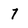
Character: 7